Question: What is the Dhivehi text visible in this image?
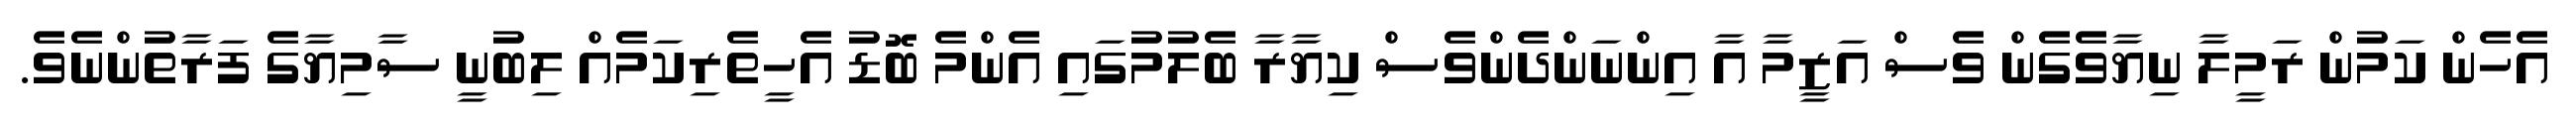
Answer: އެހެން ކަމުން ރަމީލާ ނިޔާވެގެން ވެސް އަޒީމާ އާ އިންނަންދެންވެސް ކިޔާރާ ބެލުމުގައި އެންމެ ބޮޑު އެހީތެރިކަމެއް ލިބުނީ ސާމިޔާގެ ފަރާތުންނެވެ.